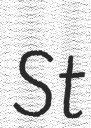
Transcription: St